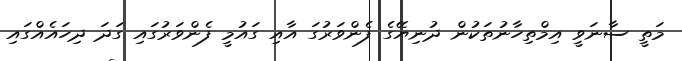
މަތީ ސާނަވީ އިމްތިހާނުތަކުން ދުނިޔޭގެ ފެންވަރުގަ އާއި ގައުމީ ފެންވަރުގައި ގަދަ ދިހައެއްގައި